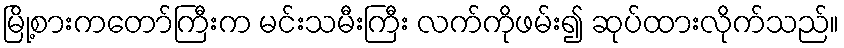
မြို့စားကတော်ကြီးက မင်းသမီးကြီး လက်ကိုဖမ်း၍ ဆုပ်ထားလိုက်သည်။